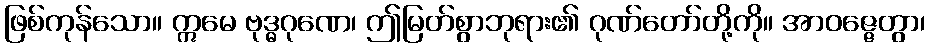
ဖြစ်ကုန်သော။ ဣမေ ဗုဒ္ဓဂုဏေ၊ ဤမြတ်စွာဘုရား၏ ဂုဏ်တော်တို့ကို။ အာဝဇ္ဇေတွာ၊